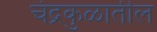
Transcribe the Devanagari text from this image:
चंद्रकुळातील